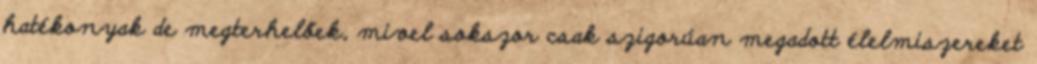
hatékonyak de megterhelőek, mivel sokszor csak szigorúan megadott élelmiszereket